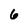
Character: 6